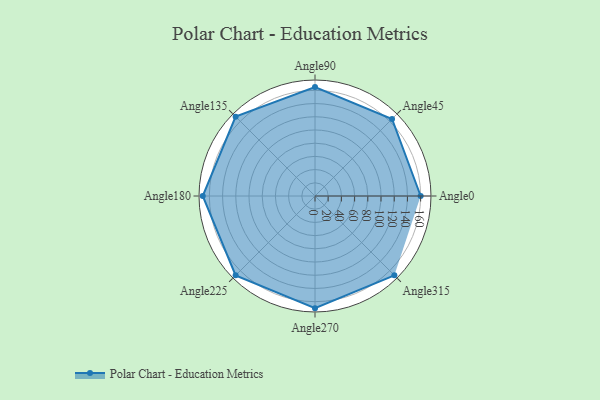
{"axis": {"x": "Angle", "y": "Radius"}, "legend": [""], "data": [{"x": "Angle0", "y": 160.0, "type": ""}, {"x": "Angle45", "y": 165.0, "type": ""}, {"x": "Angle90", "y": 165.0, "type": ""}, {"x": "Angle135", "y": 170, "type": ""}, {"x": "Angle180", "y": 170, "type": ""}, {"x": "Angle225", "y": 170, "type": ""}, {"x": "Angle270", "y": 170, "type": ""}, {"x": "Angle315", "y": 170, "type": ""}]}